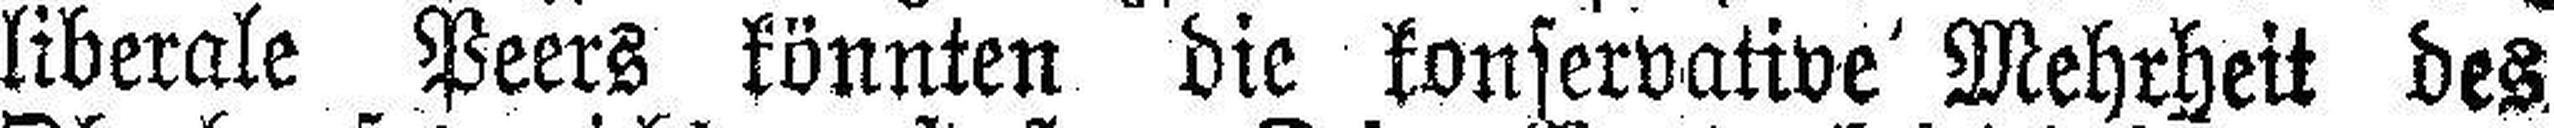
liberale Peers könnten die konservative Mehrheit des